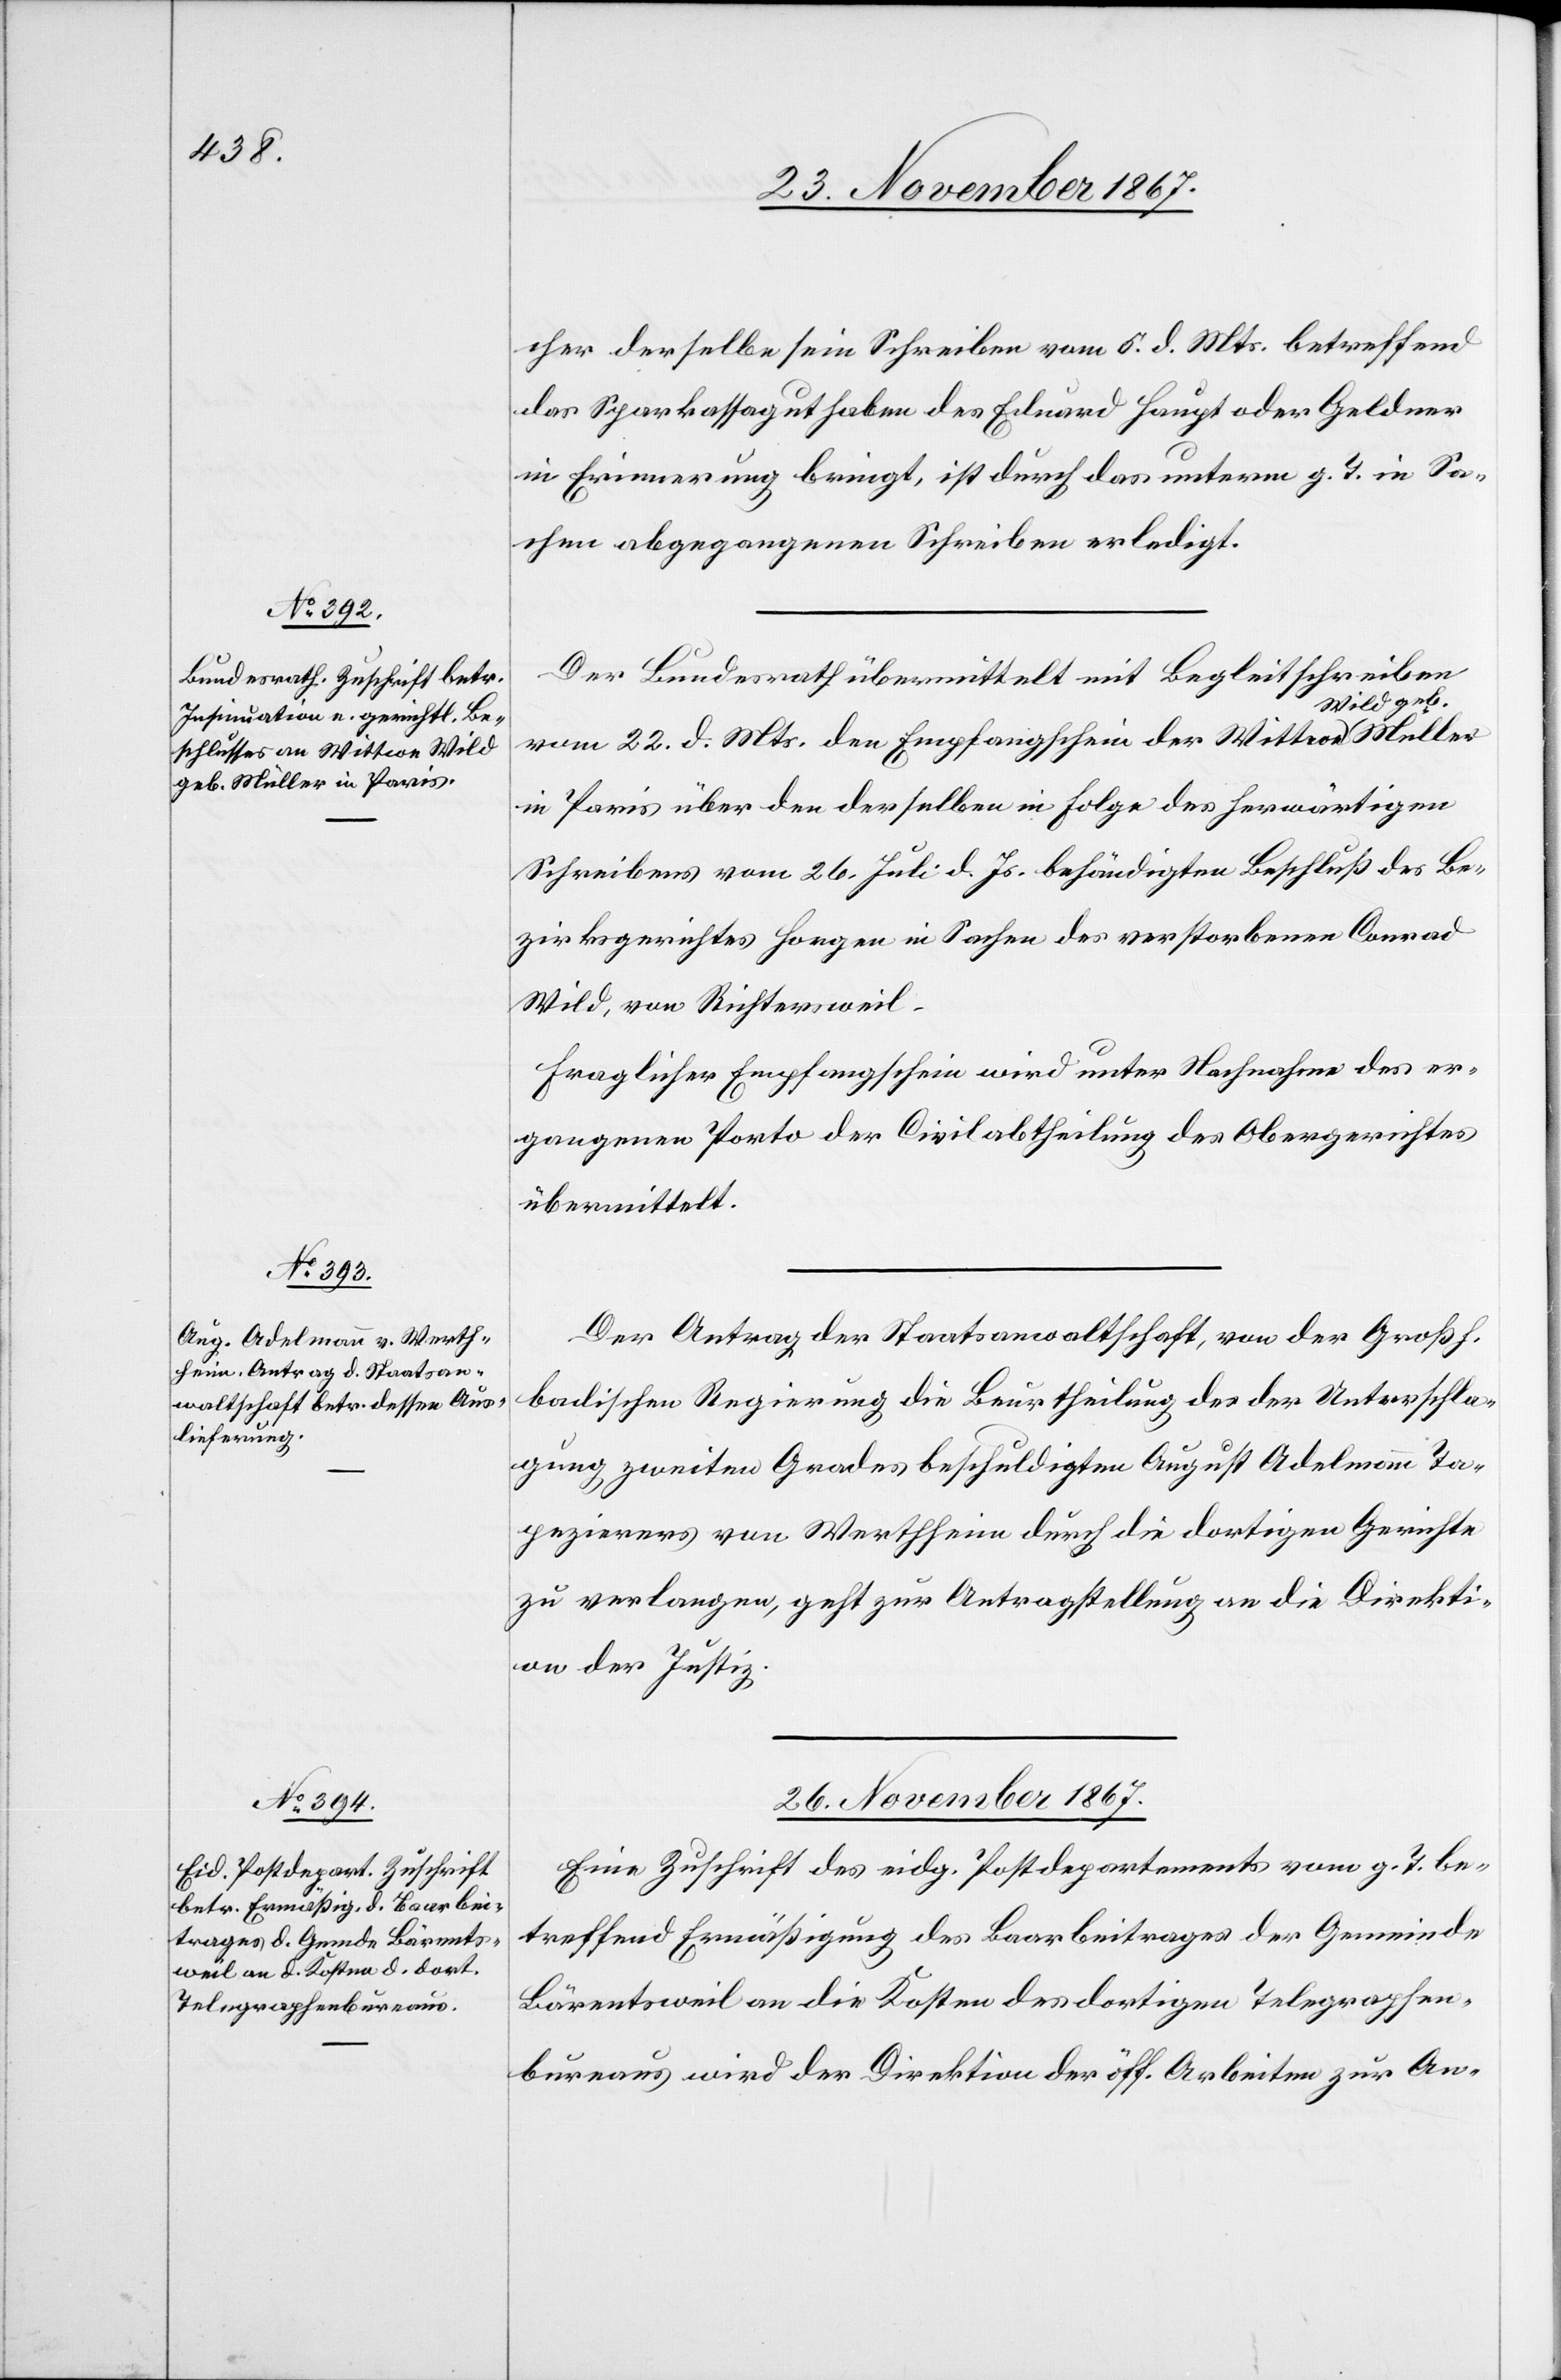
25. November 1867.]
cher derselbe sein Schreiben vom 5. d. Mts. betreffend
das Sparkassaguthaben des Eduard Haupt oder Geldner
in Erinnerung bringt, ist durch das unterm g. T. in Sa¬
chen abgegangene Schreiben erledigt.
Der Bundesrath übermittelt mit Begleitschreiben
vom 22. d. Mts. dem Empfangschein der Wittwe Wild
in Paris über den derselben in Folge des herwärtigen
Schreibens vom 25. Juli d. Js. behändigten Beschluß des Be¬
zirksgerichtes Horgen in Sachen des verstorbenen Conrad
Wild, von Richtersweil.
Fraglicher Empfangschein wird unter Nachnahme des er¬
gangenen Porto der Civilabtheilung des Obergerichtes
übermittelt.
Der Antrag der Staatsanwaltschaft, von der Großh.
badischen Regierung die Beurtheilung des der Unterschla¬
gung zweiten Grades beschuldigten August Adelmann Ta¬
pezierers von Werthheim durch die dortigen Gerichte
zu verlangen, geht zur Antragstellung die Direkti¬
on der Justiz.
26. November 1867.
Eine Zuschrift des eidg. Postdepartements vom g. T. be¬
treffend Ermäßigung des Baarbeitrages der Gemeinde
Bärentsweil an die Kosten des dortigen Telegraphen¬
bureaus wird der Direktion der öff. Arbeiten zur An-